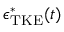
\epsilon _ { \mathrm { T K E } } ^ { * } ( t )